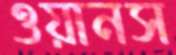
ওয়ানস